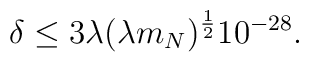
\delta \leq 3\lambda (\lambda m_N)^{\frac{1}{2}} 10^{-28}.